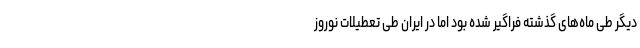
دیگر طی ماه‌های گذشته فراگیر شده بود اما در ایران طی تعطیلات نوروز